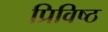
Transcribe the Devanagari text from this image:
प्रिविष्ठ